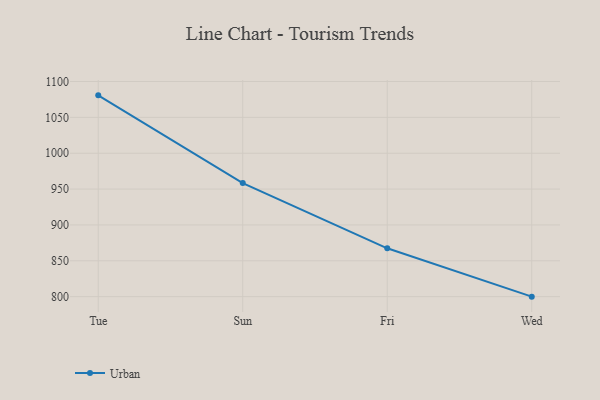
{"axis": {"x": "Day", "y": "Gross Profit (USD K)"}, "legend": ["Urban"], "data": [{"x": "Tue", "y": 1080.7, "type": "Urban"}, {"x": "Sun", "y": 958.4, "type": "Urban"}, {"x": "Fri", "y": 867.4, "type": "Urban"}, {"x": "Wed", "y": 800, "type": "Urban"}]}